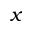
x